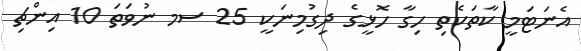
އެނަޓަމީ ކާތަކެތި ހިގާ ހޮޅީގެ ދިގުމިނަކީ 25 ސމ ނުވަތަ 10 އިންޗި